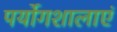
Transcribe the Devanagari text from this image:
पर्योगशालाएं